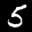
Label: 5